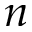
\boldsymbol { n }